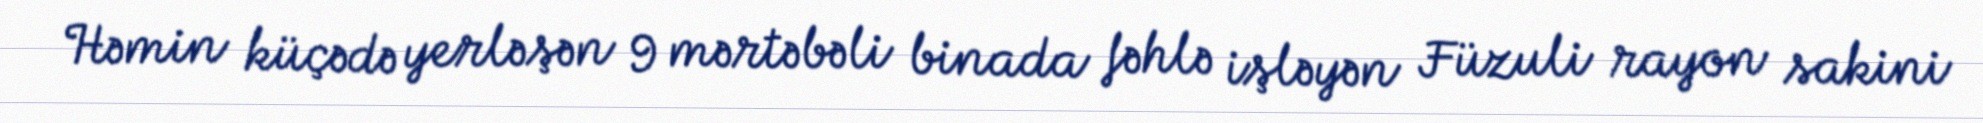
Həmin küçədə yerləşən 9 mərtəbəli binada fəhlə işləyən Füzuli rayon sakini